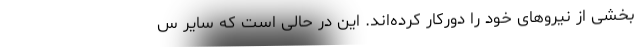
بخشی از نیروهای خود را دورکار کرده‌اند. این در حالی است که سایر س